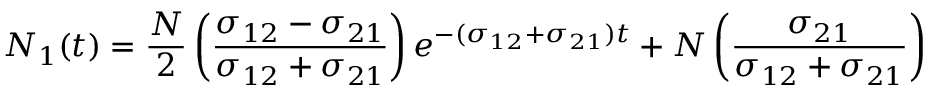
N _ { 1 } ( t ) = \frac { N } { 2 } \left( \frac { \sigma _ { 1 2 } - \sigma _ { 2 1 } } { \sigma _ { 1 2 } + \sigma _ { 2 1 } } \right) e ^ { - ( \sigma _ { 1 2 } + \sigma _ { 2 1 } ) t } + N \left( \frac { \sigma _ { 2 1 } } { \sigma _ { 1 2 } + \sigma _ { 2 1 } } \right)